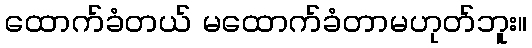
ထောက်ခံတယ် မထောက်ခံတာမဟုတ်ဘူး။